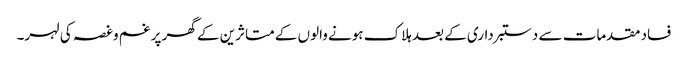
فساد مقدمات سے دستبرداری کے بعد ہلاک ہونے والوں کے متاثرین کے گھر پر غم وغصہ کی لہر۔